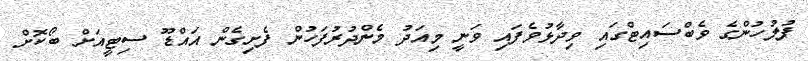
ފުލުހުންގެ ވެބްސައިޓްގައި ވިދާޅުވެފައި ވަނީ މިއަދު މެންދުރުފަހުން ފެށިގެން އައްޑޫ ސިޓީއަށް ބޯކޮށް